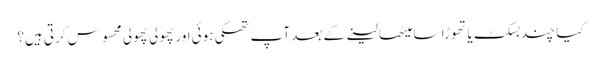
کیا چند بسکٹ یا تھوڑا سا میٹھا لینے کے بعد آپ تھکی ہوئی اور پھولی پھولی محسوس کرتی ہیں؟